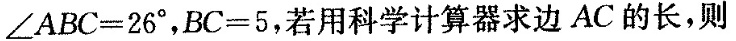
$$∠ A B C = 2 6 °$$，$$B C = 5$$，若用科学计算器求边AC的长，则